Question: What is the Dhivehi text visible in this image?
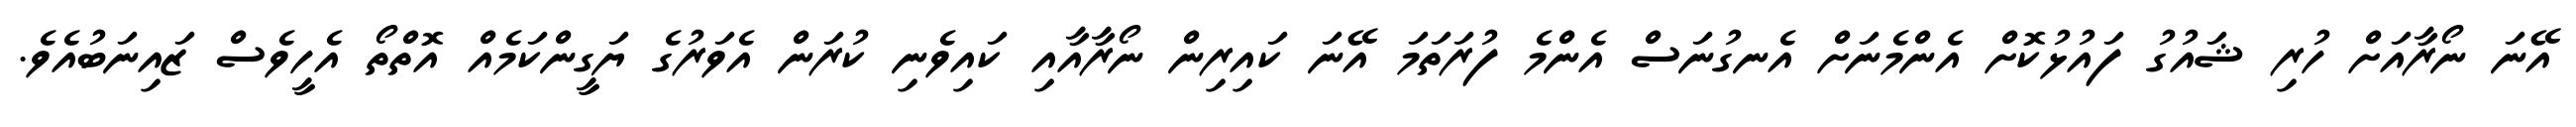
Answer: އޭނަ ނޯރާއަށް ހުރި ޝައުގު ފައުޅުކޮށް އެންމެނަށް އެނގުނަސް އެންމެ ފުރަތަމަ އޭނަ ކައިރިން ނޯރާއާއި ކައިވެނި ކުރަން އެވަރުގެ ޔަގީންކަމެއް އޮތްތޯ އެހީވެސް ޒައިނަބުއެވެ.